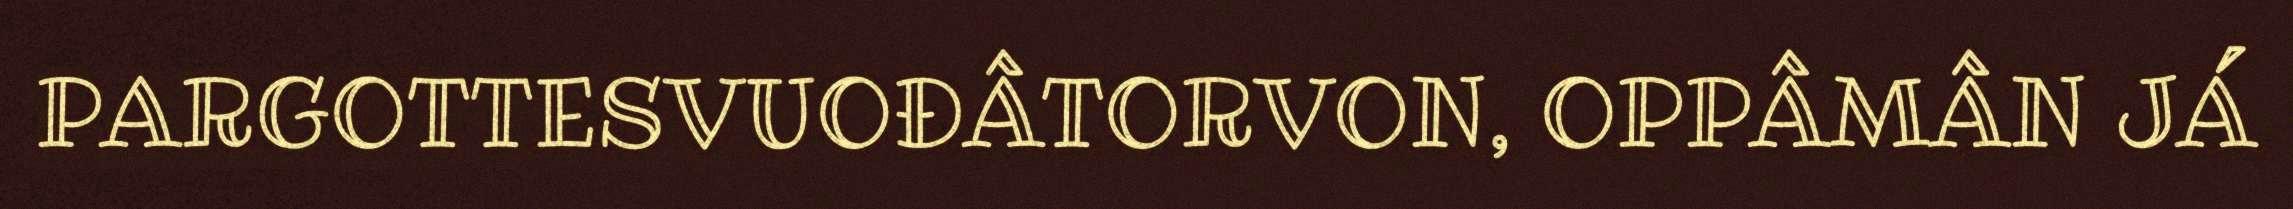
PARGOTTESVUOĐÂTORVON, OPPÂMÂN JÁ